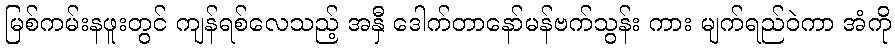
မြစ်ကမ်းနဖူးတွင် ကျန်ရစ်လေသည့် အနှီ ဒေါက်တာနော်မန်ဗက်သွန်း ကား မျက်ရည်ဝဲကာ အံကို